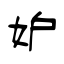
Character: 妒